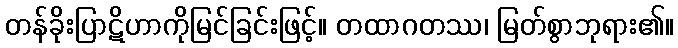
တန်ခိုးပြာဋိဟာကိုမြင်ခြင်းဖြင့်။ တထာဂတဿ၊ မြတ်စွာဘုရား၏။